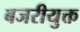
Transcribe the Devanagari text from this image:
बजरीयुक्त